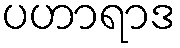
ပဟာရာဒ